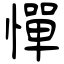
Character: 憚